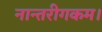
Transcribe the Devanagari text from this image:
नान्तरीगकम।